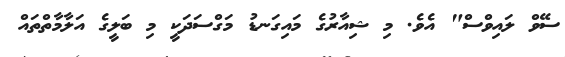
ސޭވް ލައިވްސް" އެވެ. މި ޝިއާރުގެ މައިގަނޑު މަގްސަދަކީ މި ބަލީގެ އަލާމާތްތައް